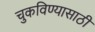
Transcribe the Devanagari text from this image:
चुकविण्यासाठी